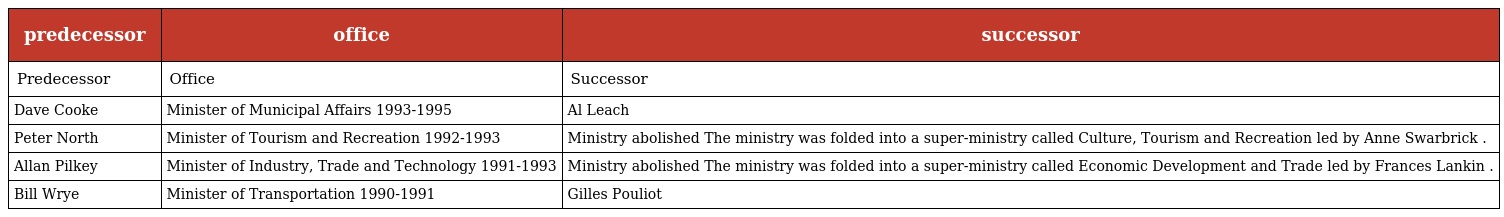
| predecessor | office | successor |
 | --- | --- | --- |
 | Predecessor | Office | Successor |
 | Dave Cooke | Minister of Municipal Affairs 1993-1995 | Al Leach |
 | Peter North | Minister of Tourism and Recreation 1992-1993 | Ministry abolished The ministry was folded into a super-ministry called Culture, Tourism and Recreation led by Anne Swarbrick . |
 | Allan Pilkey | Minister of Industry, Trade and Technology 1991-1993 | Ministry abolished The ministry was folded into a super-ministry called Economic Development and Trade led by Frances Lankin . |
 | Bill Wrye | Minister of Transportation 1990-1991 | Gilles Pouliot |